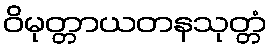
ဝိမုတ္တာယတနသုတ္တံ